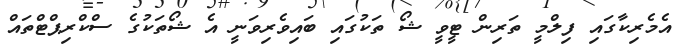
އެމެރިކާގައި ފިލްމީ ތަރިން ޓީވީ ޝޯ ތަކުގައި ބައިވެރިވަނީ އެ ޝޯތަކުގެ ސްކްރިޕްޓްތައް